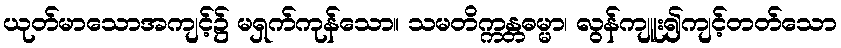
ယုတ်မာသောအကျင့်၌ မရှက်ကုန်သော။ သမတိက္ကန္တဓမ္မာ၊ လွန်ကျူး၍ကျင့်တတ်သော